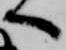
へ